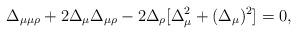
LaTeX: \begin{align*}\Delta_{\mu\mu\rho}+2\Delta_\mu\Delta_{\mu\rho}-2\Delta_\rho[\Delta_\mu^2+(\Delta_\mu)^2]=0,\end{align*}